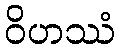
ဝိဟဿံ